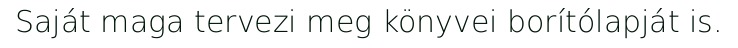
Saját maga tervezi meg könyvei borítólapját is.